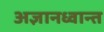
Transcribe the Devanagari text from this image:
अज्ञानध्वान्त